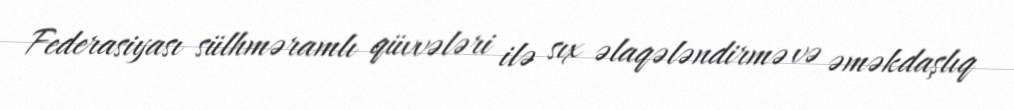
Federasiyası sülhməramlı qüvvələri ilə sıx əlaqələndirmə və əməkdaşlıq